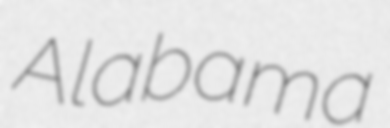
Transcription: Alabama